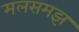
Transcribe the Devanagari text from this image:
मलसमझ